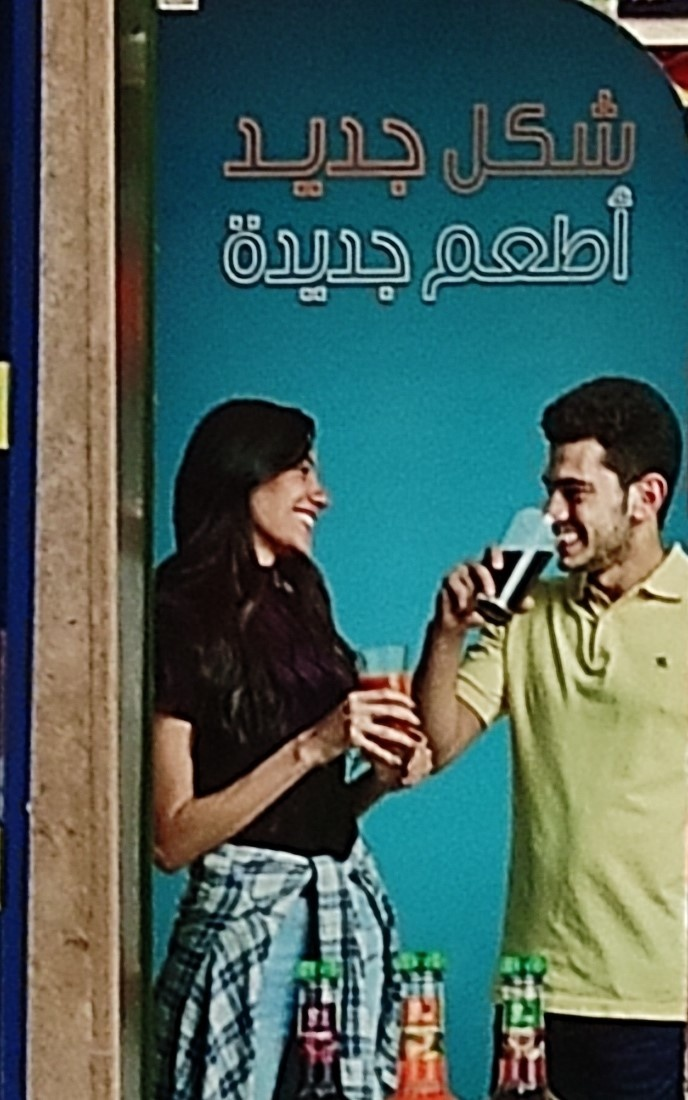
Text in image: شكل جديد أطعم جديدة